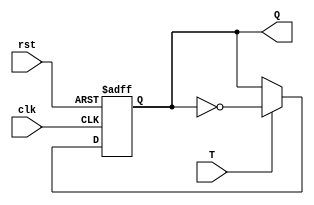
`timescale 1ns / 1ps
//////////////////////////////////////////////////////////////////////////////////
// Company: 
// Engineer: 
// 
// Design Name: 
// Module Name: TFF
// Project Name: 
// Target Devices: 
// Tool Versions: 
// Description: 
// 
// Dependencies: 
// 
// Revision:
// Revision 0.01 - File Created
// Additional Comments:
// 
//////////////////////////////////////////////////////////////////////////////////


module TFF(clk,rst,T,Q);
input T,clk,rst;
output reg Q;

always @(posedge clk or negedge rst)
begin
    if(!rst)
        Q<=1'b0;
    else if(T)
        Q<=~Q;
end
endmodule